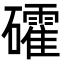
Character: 礭